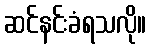
ဆင်နင်းခံရသလို။